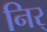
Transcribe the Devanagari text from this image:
निर्